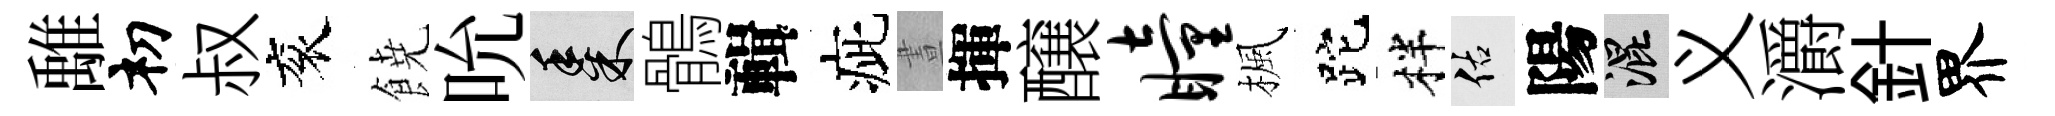
𩀌𥘉叔衮𩜙吮黍鶻輯疵晝揮醸瞳楓跎柈佑陽混义灂針界